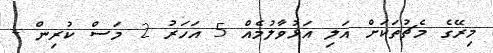
މިރޭގެ މެޗުތަކަށް އަލި އަޅުވާލުމެއް 5 އަހަރު 2 މަސް ކުރިން -